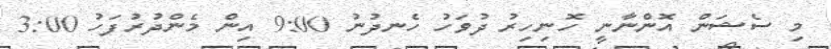
މި ސެޝަން އޮންނާނީ ހޮނިހިރު ދުވަހު ހެނދުނު 9:00 އިން މެންދުރުފަހު 3:00